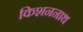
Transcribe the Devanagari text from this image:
किशननाथ